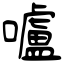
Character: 嚧